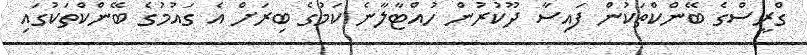
ގްރީސްގެ ބޭންކްތަކުން ފައިސާ ދޫކުރުން ހުއްޓާލާނެ ކަމުގެ ބިރަށް އެ ގައުމުގެ ބޭންކްތަކުގައި